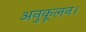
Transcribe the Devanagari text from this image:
अनुकूलन।